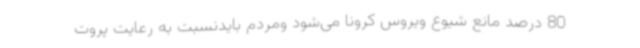
80 درصد مانع شیوع ویروس کرونا می‌شود ومردم بایدنسبت به رعایت پروت